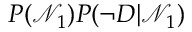
P ( \mathcal { N } _ { 1 } ) P ( \neg D | \mathcal { N } _ { 1 } )